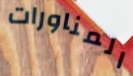
المناورات